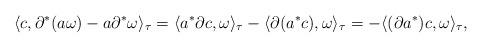
LaTeX: \begin{gather*}\langle c, {\partial}^*(a\omega)-a{\partial}^* \omega\rangle_\tau=\langle a^*{\partial} c, \omega\rangle_\tau-\langle{\partial} (a^*c), \omega\rangle_\tau=- \langle({\partial} a^*)c, \omega\rangle_\tau,\end{gather*}